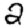
Digit: 2